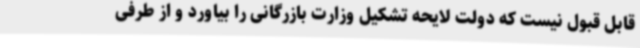
قابل قبول نیست که دولت لایحه تشکیل وزارت بازرگانی را بیاورد و از طرفی